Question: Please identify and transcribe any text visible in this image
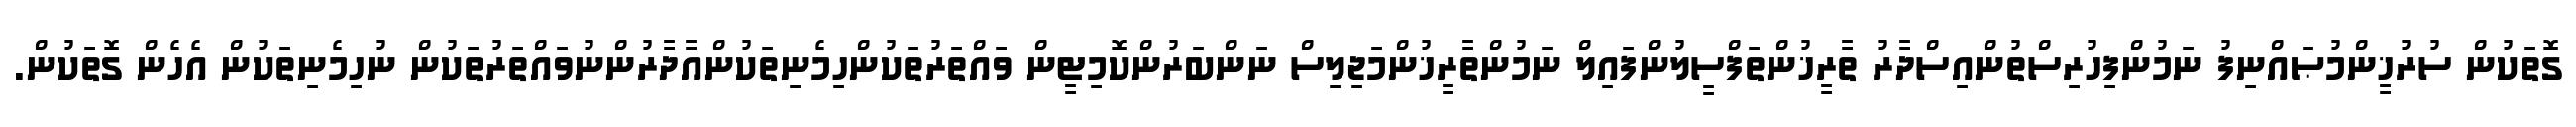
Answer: ގޮތަކުން ސުރުޚީންމުޞައްނިފު ނަމުންފިހުރިސްތުންއިސްދާރު ތާރީޚުންތަފްސީލުންފައިލް ނަމުންތާރީޚުންމަޖިލިސް ނަންބަރުންކޮމިޓީން ވައްތަރުތަކުންހިމެނިތަކުންއާދާރުންނުވައްތަރުތަކުން ނުހިމެނިތަކުން އެހެން ގޮތަކުން.